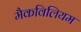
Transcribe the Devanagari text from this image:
मैकविलियम